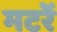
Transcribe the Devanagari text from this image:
मटरें